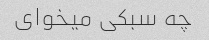
چه سبکی میخوای